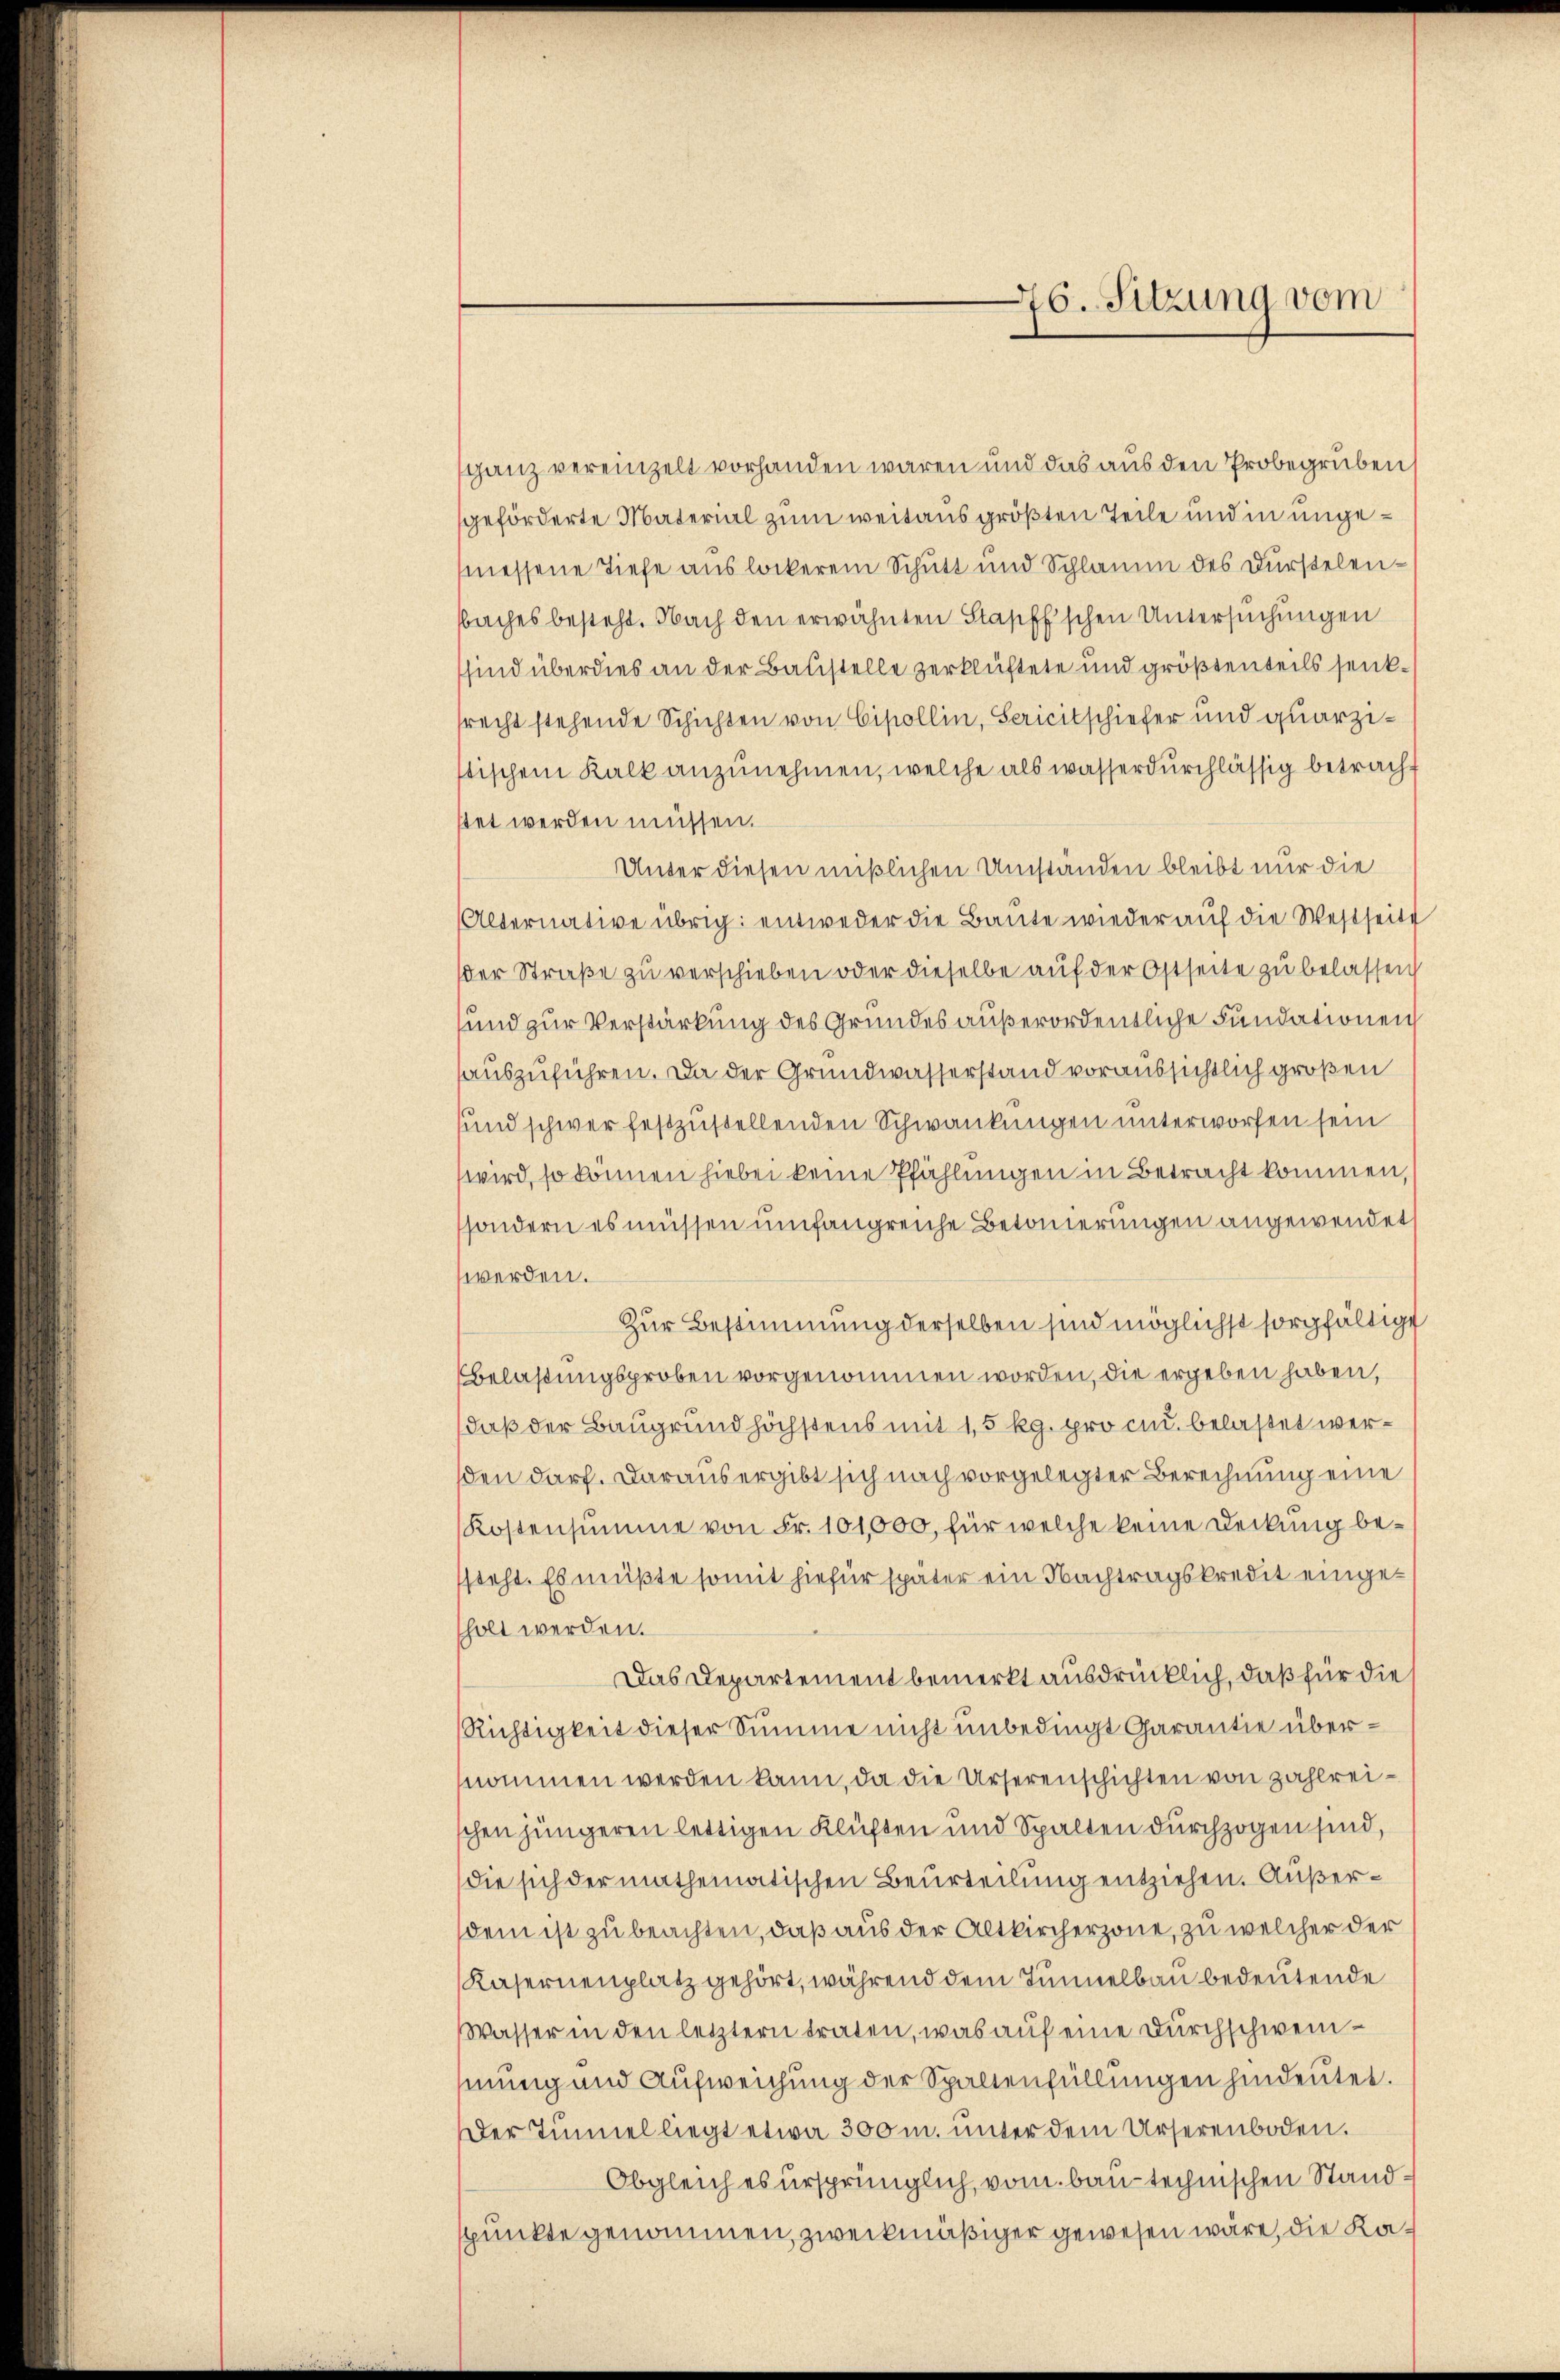
76. Sitzung vom

ganz vereinzelt vorhanden wären und das aus den Probegruben
geförderte Material zum weitaus größten Teile und in ungemessene Tiefe aus lockerem Schutt und Schlamm des Dürstelenbaches besteht. Nach den erwähnten Stapff'schen Untersuchungen
sind überdies an der Baustelle zerklüftete und größtenteils senkrecht stehende Schichten von Cipollin, Sericitschiefer und quarzistischen Kalk anzunehmen, welche als wasserdurchlässig betracht
tet werden müssen.
Unter diesen mißlichen Umständen bleibt nur die
Alternative übrig: entweder die Baute wieder auf die Westseite
der Straβe zŭ verschieben oder dieselbe auf der Ostseite zu belassen
und zur Verstärkung des Grundes außerordentliche Fundationen
auszuführen. Da der Grundwasserstand voraussichtlich großen
und schwer festzustellenden Schwankungen unterworfen sein
wird, so können hiebei keine Pfählungen in Betracht kommen,
sondern es müssen umfangreiche Betonierungen angewendet
werden.
Zur Bestimmung derselben sind möglichst sorgfältige
Belastungsproben vorgenommen worden, die ergeben haben,
daß der Baugrund höchstens mit 1,5 kg. pro cu. belastet werden darf. Daraus ergibt sich nach vorgelegter Berechnung eine
Kostensumme von Fr. 101,000, für welche keine Deckung bessteht. Es müßte somit hiefür später ein Nachtragskredit eingeholt werden.
Das Departement bemerkt ausdrücklich, daß für die
Richtigkeit dieser Summe nicht unbedingt Garantie übernommen werden kann, da die Urserenschichten von zahlreischen jüngeren lettigen Klüften und Spalten durchzogen sind,
die sich der mathematischen Beurteilung entziehen. Außerdem ist zu beachten, daß aus der Altkircherzone, zu welcher der
Kasernenplatz gehört, während dem Tunnelbau bedeutende
Wasser in den letztern traten, was auf eine Durchschweinmung und Aufweichung der Spaltenfüllungen hindeutet.
Der Tinel liegt etwa 300 m. unter dem Urserenboden.
Obgleich es ursprünglich, vom bau-technischen Standspunkte genommen, zweckmäßiger gewesen wäre, die Ka¬